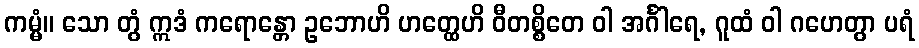
ကမ္မံ။ သော တွံ ဣဒံ ကရောန္တော ဥဘောဟိ ဟတ္ထေဟိ ဝီတစ္စိတေ ဝါ အင်္ဂါရေ, ဂူထံ ဝါ ဂဟေတွာ ပရံ